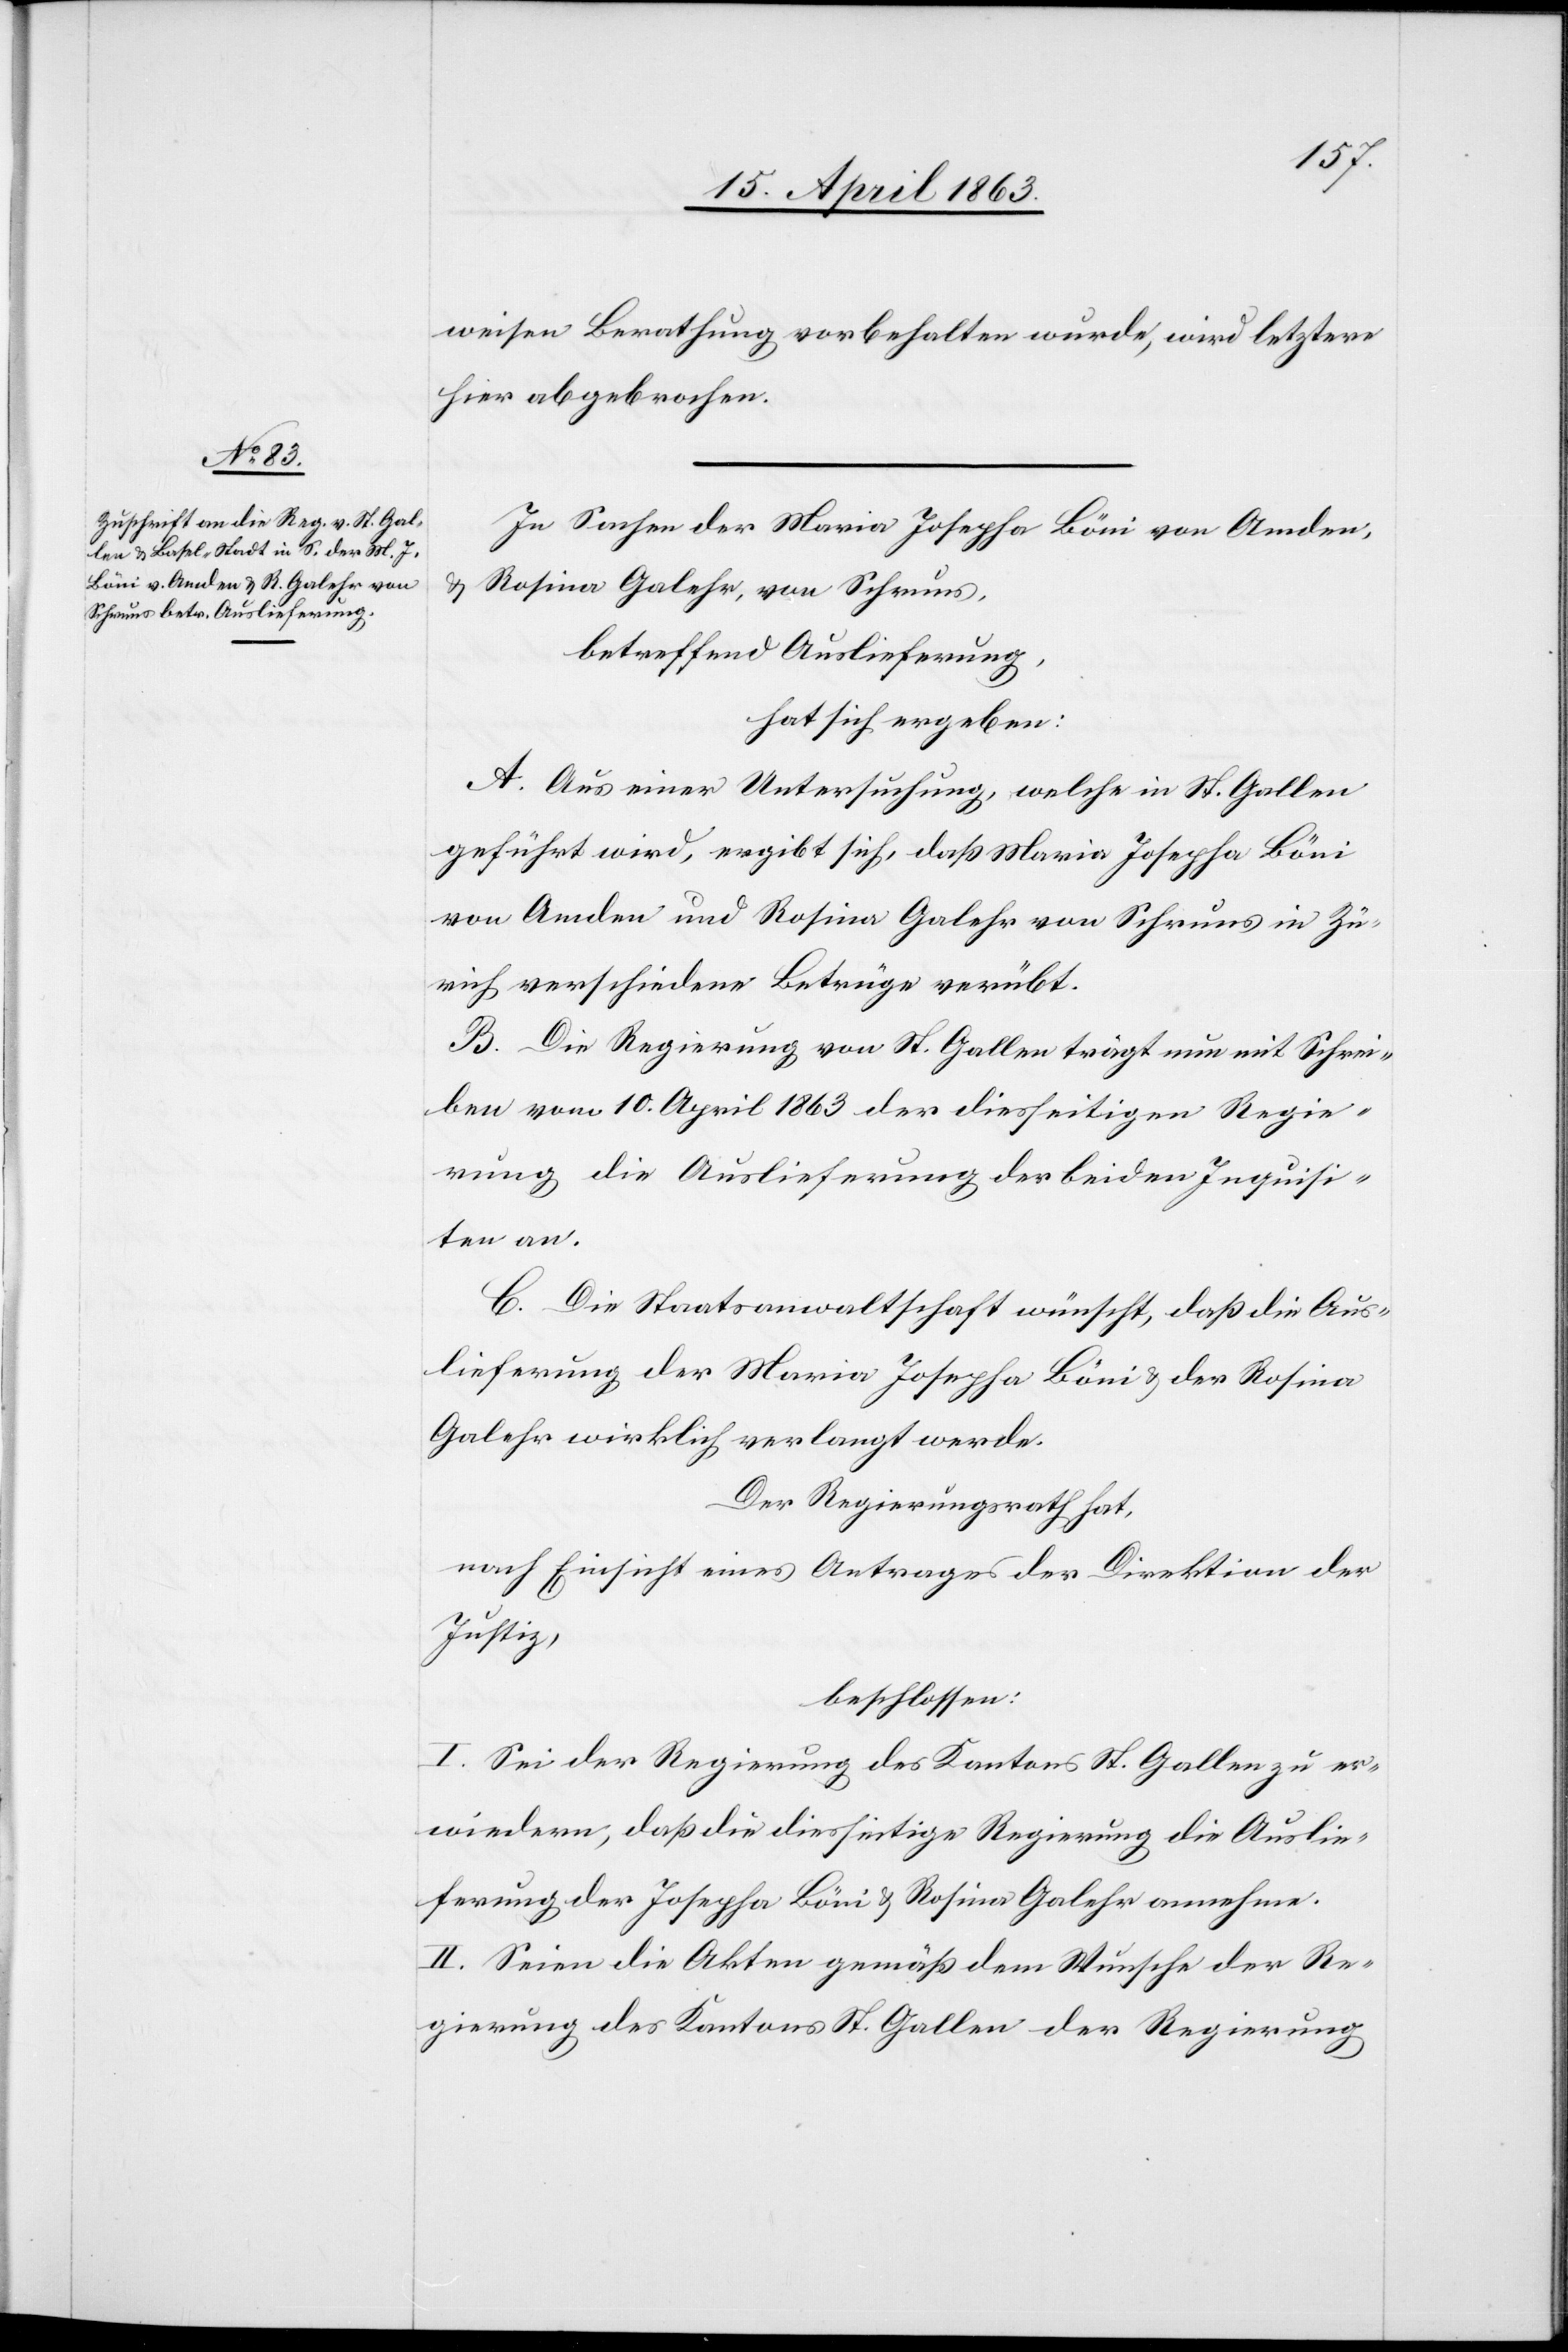
weisen Berathung vorbehalten wurde, wird letztere
hier abgebrochen.
In Sachen der Maria Josepha Böni von Amden,
& Rosina Galehr, von Schruns,
betreffend Auslieferung,
hat sich ergeben:
A. Aus einer Untersuchung, welche in St. Gallen
geführt wird, ergibt sich, daß Maria Josepha Böni
von Amden und Rosina Galehr von Schruns in Zü¬
rich verschiedene Betrüge verübt.
B. Die Regierung von St. Gallen trägt nun mit Schrei¬
ben vom 10. April 1863 der diesseitigen Regie¬
rung die Auslieferung der beiden Inquisi¬
ten an.
C. Die Staatsanwaltschaft wünscht, daß die Aus¬
lieferung der Maria Josepha Böni & der Rosina
Galehr wirklich verlangt werde.
Der Regierungsrath hat,
nach Einsicht eines Antrages der Direktion der
Justiz,
beschlossen:
I. Sei der Regierung des Kantons St. Gallen zu er¬
wiedern, daß die diesseitige Regierung die Auslie¬
ferung der Josepha Böni & Rosina Galehr annehme.
II. Seien die Akten gemäß dem Wunsche der Re¬
gierung des Kantons St. Gallen der Regierung